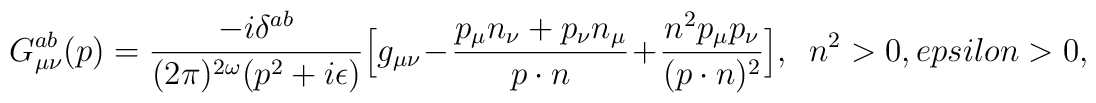
G_{\mu\nu}^{ab}(p) =     \frac{-i\delta^{ab}}{(2\pi)^{2\omega}(p^2+i\epsilon)}     \Big [ g_{\mu\nu} - \frac{p_{\mu}n_{\nu} +p_{\nu}n_{\mu}}{p\cdot n}     +\frac{n^2p_{\mu}p_{\nu}}{(p\cdot n)^2} \Big ], \ \ n^2>0, \\epsilon     > 0,